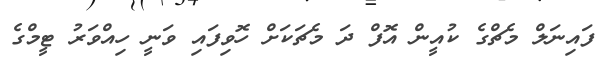
ފައިނަލް މެޗްގެ ކުއީން އޮފް ދަ މެޗަކަށް ހޮވިފައި ވަނީ ހިއްވަރު ޓީމްގެ